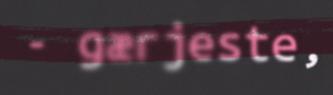
- gærjeste,